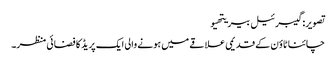
تصویر: گیبرئیل بیریتھیو
چائنا ٹاؤن کے قدیمی علاقے میں ہونے والی ایک پریڈ کا فضائی منظر۔